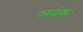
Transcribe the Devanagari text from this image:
अतंक